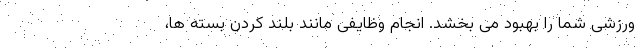
ورزشی شما را بهبود می بخشد. انجام وظایفی مانند بلند کردن بسته ها،